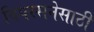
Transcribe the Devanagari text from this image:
विपस्सनेसाठी